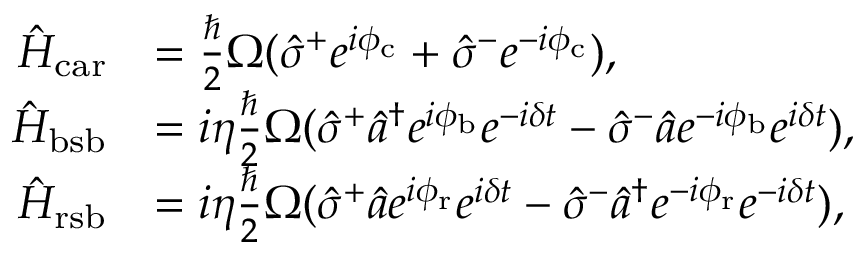
\begin{array} { r l } { \hat { H } _ { \mathrm { c a r } } } & { = \frac { \hbar } { 2 } \Omega ( \hat { \sigma } ^ { + } e ^ { i \phi _ { \mathrm { c } } } + \hat { \sigma } ^ { - } e ^ { - i \phi _ { \mathrm { c } } } ) , } \\ { \hat { H } _ { \mathrm { b s b } } } & { = i \eta \frac { \hbar } { 2 } \Omega ( \hat { \sigma } ^ { + } \hat { a } ^ { \dagger } e ^ { i \phi _ { \mathrm { b } } } e ^ { - i \delta t } - \hat { \sigma } ^ { - } \hat { a } e ^ { - i \phi _ { \mathrm { b } } } e ^ { i \delta t } ) , } \\ { \hat { H } _ { \mathrm { r s b } } } & { = i \eta \frac { \hbar } { 2 } \Omega ( \hat { \sigma } ^ { + } \hat { a } e ^ { i \phi _ { \mathrm { r } } } e ^ { i \delta t } - \hat { \sigma } ^ { - } \hat { a } ^ { \dagger } e ^ { - i \phi _ { \mathrm { r } } } e ^ { - i \delta t } ) , } \end{array}